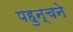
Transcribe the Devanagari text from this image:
पहुन्चने